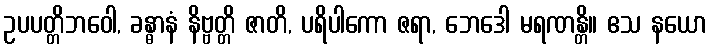
ဥပပတ္တိဘဝေါ, ခန္ဓာနံ နိဗ္ဗတ္တိ ဇာတိ, ပရိပါကော ဇရာ, ဘေဒေါ မရဏန္တိ။ ဧသ နယော